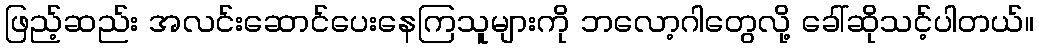
ဖြည့်ဆည်း အလင်းဆောင်ပေးနေကြသူများကို ဘလော့ဂါတွေလို့ ခေါ်ဆိုသင့်ပါတယ်။